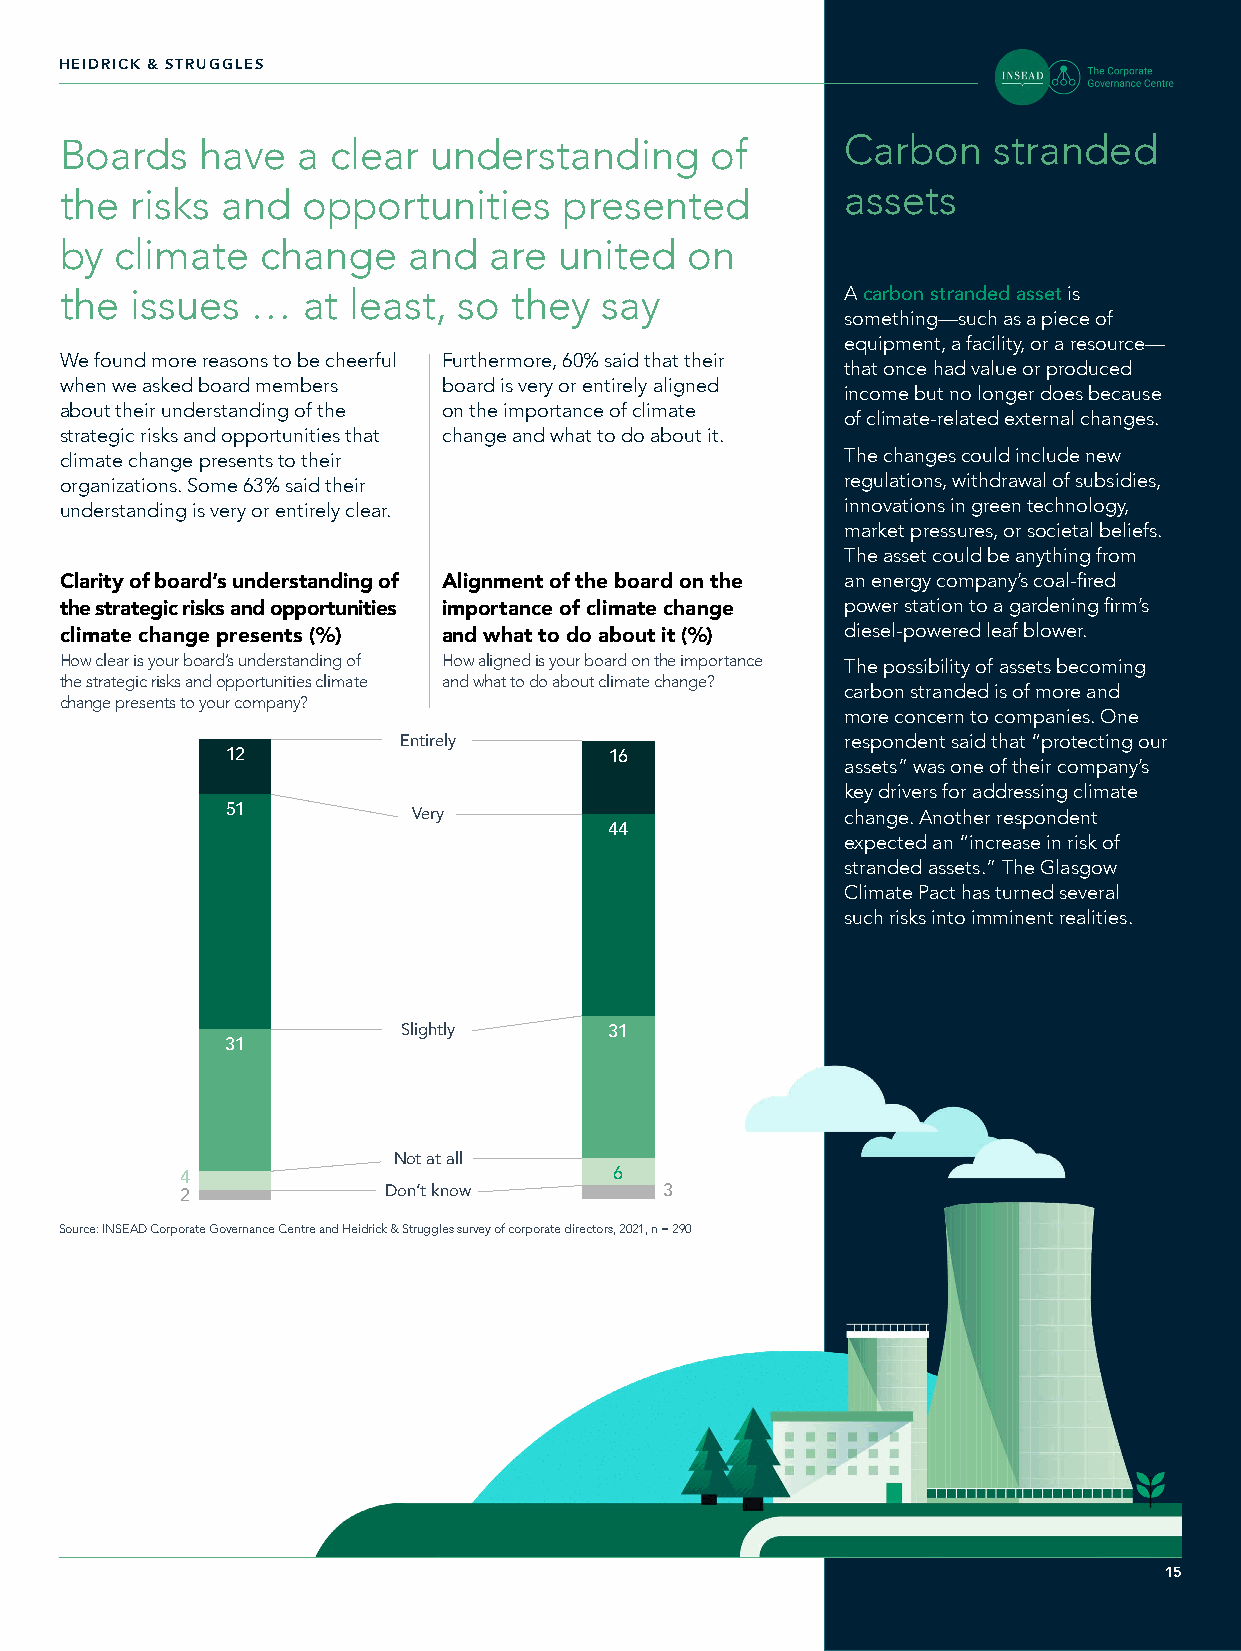
HEIDRICK & STRUGGLES
 Boards   have   a clear understanding      of       Carbon    stranded
 the  risks and  opportunities    presented          assets
 by  climate  change    and  are  united  on
 the  issues  …  at least, so  they  say             A carbon stranded asset is
 something—such as a piece of
 equipment, a facility, or a resource—
 We found more reasons to be cheerful Furthermore, 60% said that their
 that once had value or produced
 when we asked board members board is very or entirely aligned
 income but no longer does because
 about their understanding of the on the importance of climate
 of climate-related external changes.
 strategic risks and opportunities that change and what to do about it.
 climate change presents to their                    The changes could include new
 organizations. Some 63% said their                  regulations, withdrawal of subsidies,
 understanding is very or entirely clear.            innovations in green technology,
 market pressures, or societal beliefs.
 The asset could be anything from
 Clarity of board’s understanding of Alignment of the board on the an energy company’s coal-fired
 power station to a gardening firm’s
 the strategic risks and opportunities importance of climate change
 diesel-powered leaf blower.
 climate change presents (%) and what to do about it (%)
 How clear is your board’s understanding of How aligned is your board on the importance The possibility of assets becoming
 the strategic risks and opportunities climate and what to do about climate change?
 carbon stranded is of more and
 change presents to your company?
 more concern to companies. One
 Entirely                      respondent said that “protecting our
 12                       16
 assets” was one of their company’s
 key drivers for addressing climate
 51          Very                         change. Another respondent
 44
 expected an “increase in risk of
 stranded assets.” The Glasgow
 Climate Pact has turned several
 such risks into imminent realities.
 Slightly     31
 31
 Not at all
 4                            6
 2            Don’t know         3
 Source: INSEAD Corporate Governance Centre and Heidrick & Struggles survey of corporate directors, 2021, n = 290
 15